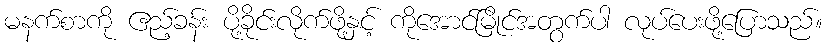
မနက်စာကို ဧည့်ခန်း ပို့ခိုင်းလိုက်ဖို့နှင့် ကိုအောင်မြိုင်အတွက်ပါ လုပ်ပေးဖို့ပြောသည်။